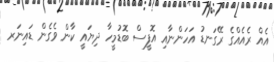
އެއް ރެއެއްގެ ރޭގަނޑު އަހަންނާއި އޮފީސް ބޮޑުމީހާ ދިޔައީ ކާން ވެގެން ޑައިނަރ